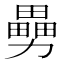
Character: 𠢿